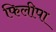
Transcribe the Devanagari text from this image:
फिलीपा